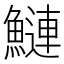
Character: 鰱